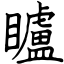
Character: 矑